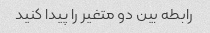
رابطه بین دو متغیر را پیدا کنید